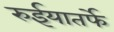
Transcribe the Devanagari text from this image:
रुईयातर्फे